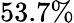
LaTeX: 53.7\%